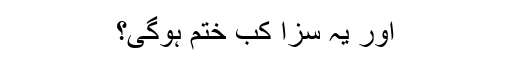
اور یہ سزا کب ختم ہوگی؟